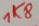
Text: 1K8